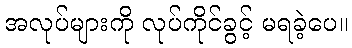
အလုပ်များကို လုပ်ကိုင်ခွင့် မရခဲ့ပေ။